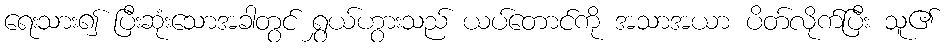
ရေးသား၍ ပြီးဆုံးသောအခါတွင် ရွှယ်ဟွားသည် ယပ်တောင်ကို အသာအယာ ပိတ်လိုက်ပြီး သူ၏